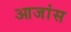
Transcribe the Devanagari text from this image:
आजांस